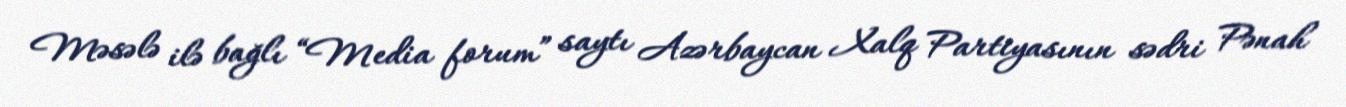
Məsələ ilə bağlı “Media forum” saytı Azərbaycan Xalq Partiyasının sədri Pənah